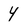
Character: 4